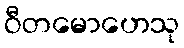
ဝီတမောဟေသု